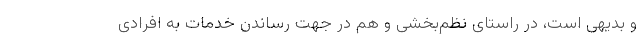
و بدیهی است، در راستای نظم‌بخشی و هم در جهت رساندن خدمات به افرادی